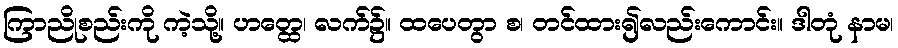
ကြာညိုစည်းကို ကဲ့သို့။ ဟတ္ထေ၊ လက်၌။ ထပေတွာ စ၊ တင်ထား၍လည်းကောင်း။ ဒါတုံ နာမ၊